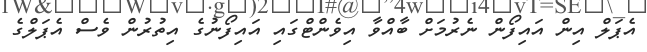
އެޕަލް އިން އައިފޯން ނެރުމަށް ބާއްވާ އިވެންޓްގައި އައިފޯނުގެ އިތުރުން ވެސް އެޕަލްގެ